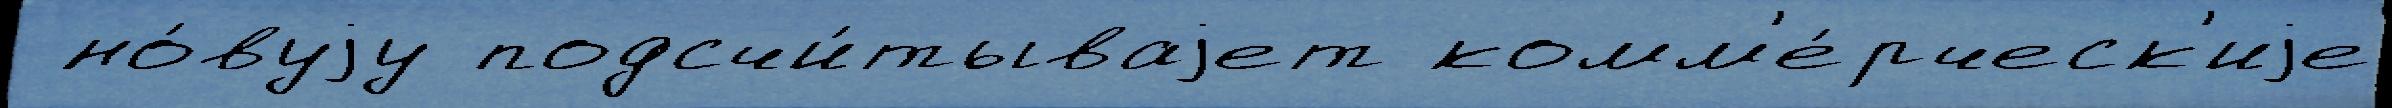
 но́вуjу подсчи́тываjет комм'е́рческ'иjе